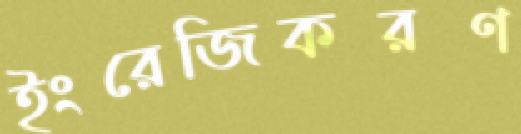
ইংরেজিকরণ